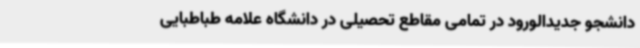
دانشجو جدیدالورود در تمامی مقاطع تحصیلی در دانشگاه علامه طباطبایی